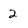
Character: 2